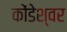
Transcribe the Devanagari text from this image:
कोंडेश्वर